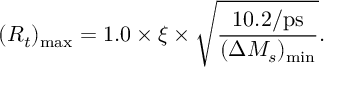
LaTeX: ( R _ { t } ) _ { \mathrm { m a x } } = 1 . 0 \times \xi \times \sqrt { \frac { 1 0 . 2 / \mathrm { p s } } { ( \Delta M _ { s } ) _ { \mathrm { m i n } } } } .